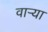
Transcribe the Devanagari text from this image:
वार्‍या